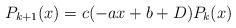
LaTeX: \begin{align*}P_{k+1}(x)=c(-ax + b + D)P_{k}(x)\end{align*}